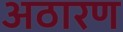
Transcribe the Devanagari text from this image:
अठारण